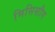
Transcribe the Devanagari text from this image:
मिसिसौग